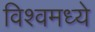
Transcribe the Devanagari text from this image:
विश्वमध्ये